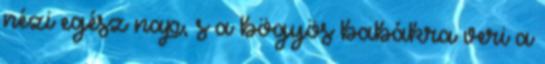
nézi egész nap, s a bögyös babákra veri a